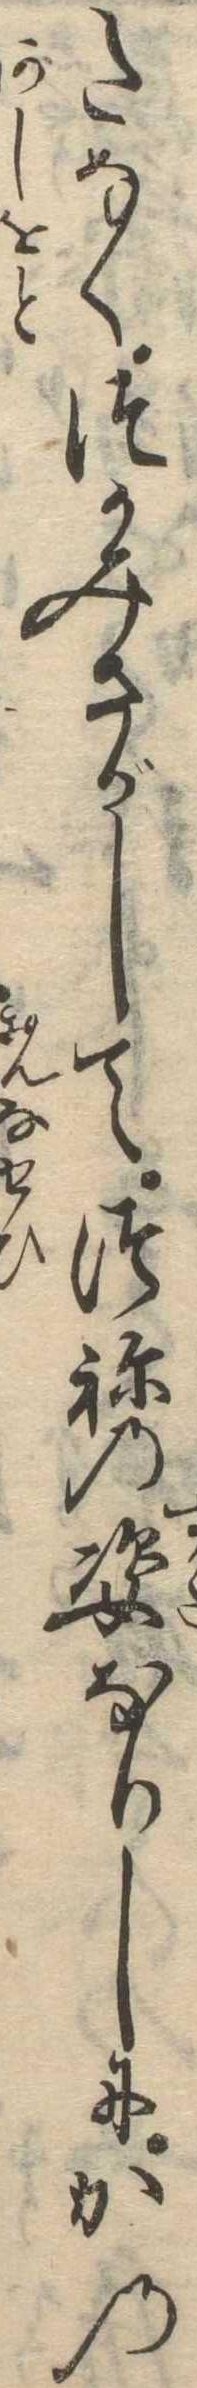
たなくつかみさがしてつねの姿なりしにかの